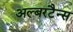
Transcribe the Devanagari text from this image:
अल्बरटैन्स